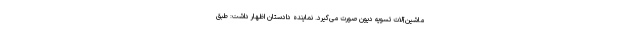
ماشین‌آلات تسویه دیون صورت می‌گیرد. نماینده دادستان اظهار داشت: طبق